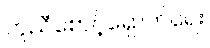
ကူညီစောင့်ရှောက်ရေး